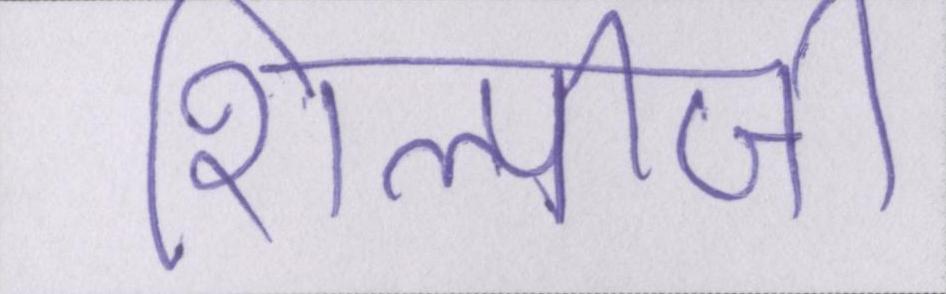
शिल्पीजी